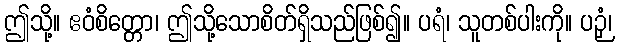
ဤသို့။ ဧဝံစိတ္တော၊ ဤသို့သောစိတ်ရှိသည်ဖြစ်၍။ ပရံ၊ သူတစ်ပါးကို။ ပဉှံ၊